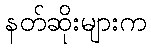
နတ်ဆိုးများက